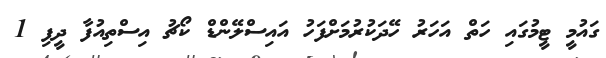
ގައުމީ ޓީމުގައި ހަތް އަހަރު ހޭދަކުރުމަށްފަހު އައިސްލޭންޑް ކޯޗު އިސްތިއުފާ ދީފި 1